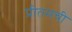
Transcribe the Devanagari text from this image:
प्रीतमची